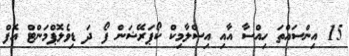
15 އިންސައްތަ ހިއްސާ އާއި އިސްލާމިކް ކޯޕަރޭޝަން ފޯ ދަ ޑިވެލޮޕްމަންޓް އޮފް